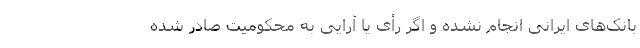
بانک‌های ایرانی انجام نشده و اگر رأی یا آرایی به محکومیت صادر شده